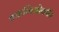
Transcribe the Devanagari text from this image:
क्वाशिओर्कॉर